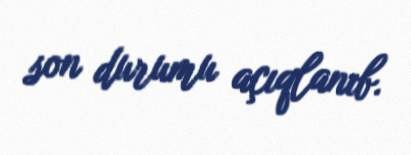
son durumu açıqlanıb.